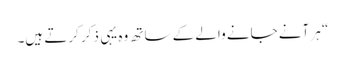
“ ہر آنے جانے والے کے ساتھ وہ یہی ذکر کرتے ہیں۔